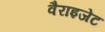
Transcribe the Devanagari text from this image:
वैराइजेट